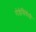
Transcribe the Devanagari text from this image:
रोडेसियेंसी